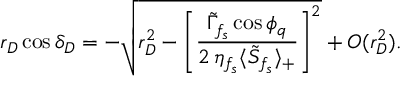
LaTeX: r _ { D } \cos \delta _ { D } = - \sqrt { r _ { D } ^ { 2 } - \left[ \frac { \tilde { \Gamma } _ { f _ { s } } \cos \phi _ { q } } { 2 \, \eta _ { f _ { s } } \langle \tilde { S } _ { f _ { s } } \rangle _ { + } } \right] ^ { 2 } } + { \cal O } ( r _ { D } ^ { 2 } ) .